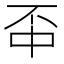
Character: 𫠬